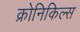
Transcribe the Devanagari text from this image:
क्रोनिकिल्स